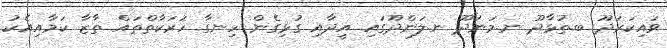
ވައިކަރަދޫ ބ.ތުޅާދޫ ނ.މަނަދޫ ނ.ލަންދޫގައި އީދާއި ގުޅިގެން ހިނގާ ހަރަކާތްތައް ތާޒާ ކަމާއިއެކު